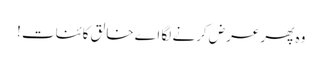
وہ پھر عرض کرنے لگا اے خالق کائنات !